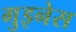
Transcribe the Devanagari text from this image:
गुइनेस